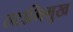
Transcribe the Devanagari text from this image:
तटाभिमुख